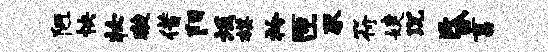
陋怏妆璇借阳坂棋衿匝豕符婕沉昏畜